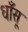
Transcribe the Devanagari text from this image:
धाँसू